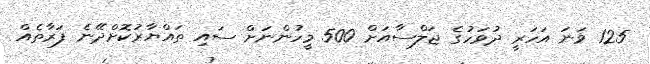
125 ވަނަ އަހަރީ ދުވަހުގެ ޖަލްސާއަށް 500 މީހުންނަށް ސައި ތައްޔާރުކޮށްދޭނެ ފަރާތެއް